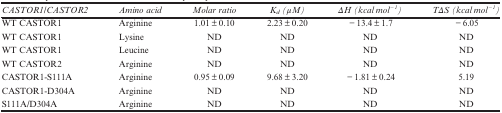
<table><thead><tr><td><b><i>CASTOR1/CASTOR2</i></b></td><td><b><i>Amino acid</i></b></td><td><b><i>Molar ratio</i></b></td><td><b><i>K</i><sub><i>d</i></sub><i>(</i><i>μ</i><i>M)</i></b></td><td><b><i>ΔH (kcal mol<sup>−1</sup>)</i></b></td><td><b><i>TΔS (kcal mol<sup>−1</sup>)</i></b></td></tr></thead><tbody><tr><td>WT CASTOR1</td><td>Arginine</td><td>1.01±0.10</td><td>2.23±0.20</td><td>−13.4±1.7</td><td>−6.05</td></tr><tr><td>WT CASTOR1</td><td>Lysine</td><td>ND</td><td>ND</td><td>ND</td><td>ND</td></tr><tr><td>WT CASTOR1</td><td>Leucine</td><td>ND</td><td>ND</td><td>ND</td><td>ND</td></tr><tr><td>WT CASTOR2</td><td>Arginine</td><td>ND</td><td>ND</td><td>ND</td><td>ND</td></tr><tr><td>CASTOR1-S111A</td><td>Arginine</td><td>0.95±0.09</td><td>9.68±3.20</td><td>−1.81±0.24</td><td>5.19</td></tr><tr><td>CASTOR1-D304A</td><td>Arginine</td><td>ND</td><td>ND</td><td>ND</td><td>ND</td></tr><tr><td>S111A/D304A</td><td>Arginine</td><td>ND</td><td>ND</td><td>ND</td><td>ND</td></tr></tbody></table>